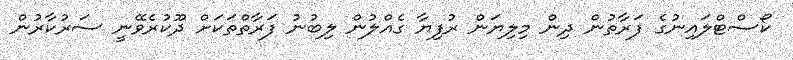
ކޯސްޓްލައިނުގެ ފަރާތުން ދިން މިލިޔަން ރުފިޔާ ގެއްލުން ލިބުނު ފަރާތްތަކަށް ދޫކުރެވޭނީ ސަރުކާރުން